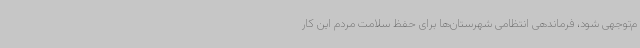
م‌توجهی شود، فرماندهی انتظامی شهرستان‌ها برای حفظ سلامت مردم این کار